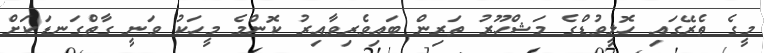
މީގެ ތެރޭގައި ހޮލީވުޑްގެ މަޝްހޫރު ތަރިން ބައިވެރިވާއިރު ކޮންމެ މީހަކު ވަނީ ގާތްގަނޑަކަށް